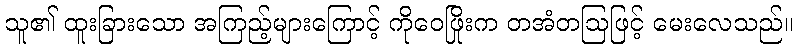
သူ၏ ထူးခြားသော အကြည့်များကြောင့် ကိုဝေဖြိုးက တအံတဩဖြင့် မေးလေသည်။